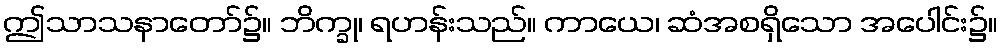
ဤသာသနာတော်၌။ ဘိက္ခု၊ ရဟန်းသည်။ ကာယေ၊ ဆံအစရှိသော အပေါင်း၌။